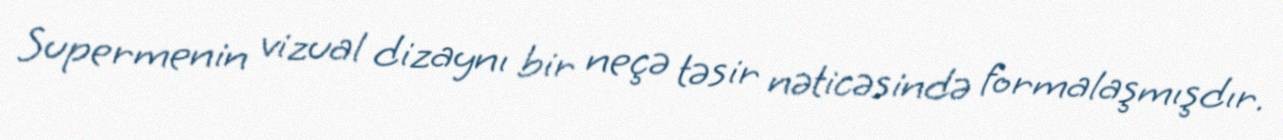
Supermenin vizual dizaynı bir neçə təsir nəticəsində formalaşmışdır.